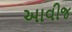
આવીજ